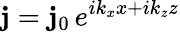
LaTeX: {\mathbf j}={\mathbf j}_{0}\, e^{ik_{x}x+ik_{z}z}